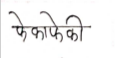
मजकूर: फेकाफेकी